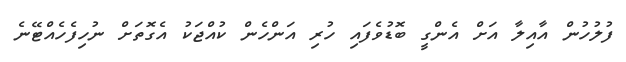
ފުލުހުން އާއިލާ އަށް އެންގީ ބޮޑުވެފައި ހުރި އަންހެން ކުއްޖަކު އެގޮތަށް ނުހިފެހެއްޓޭނެ